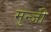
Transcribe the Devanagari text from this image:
मुन्जी